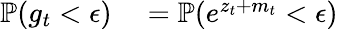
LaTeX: \begin{array}{rl}{\mathbb{P}(g_{t}<\epsilon)}&{{}=\mathbb{P}(e^{z_{t}+m_{t}}<\epsilon)}\end{array}